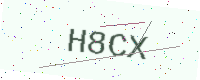
Text: H8CX